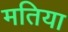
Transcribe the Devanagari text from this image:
मतिया